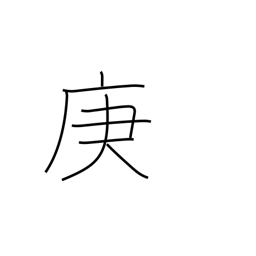
Meaning: 7th